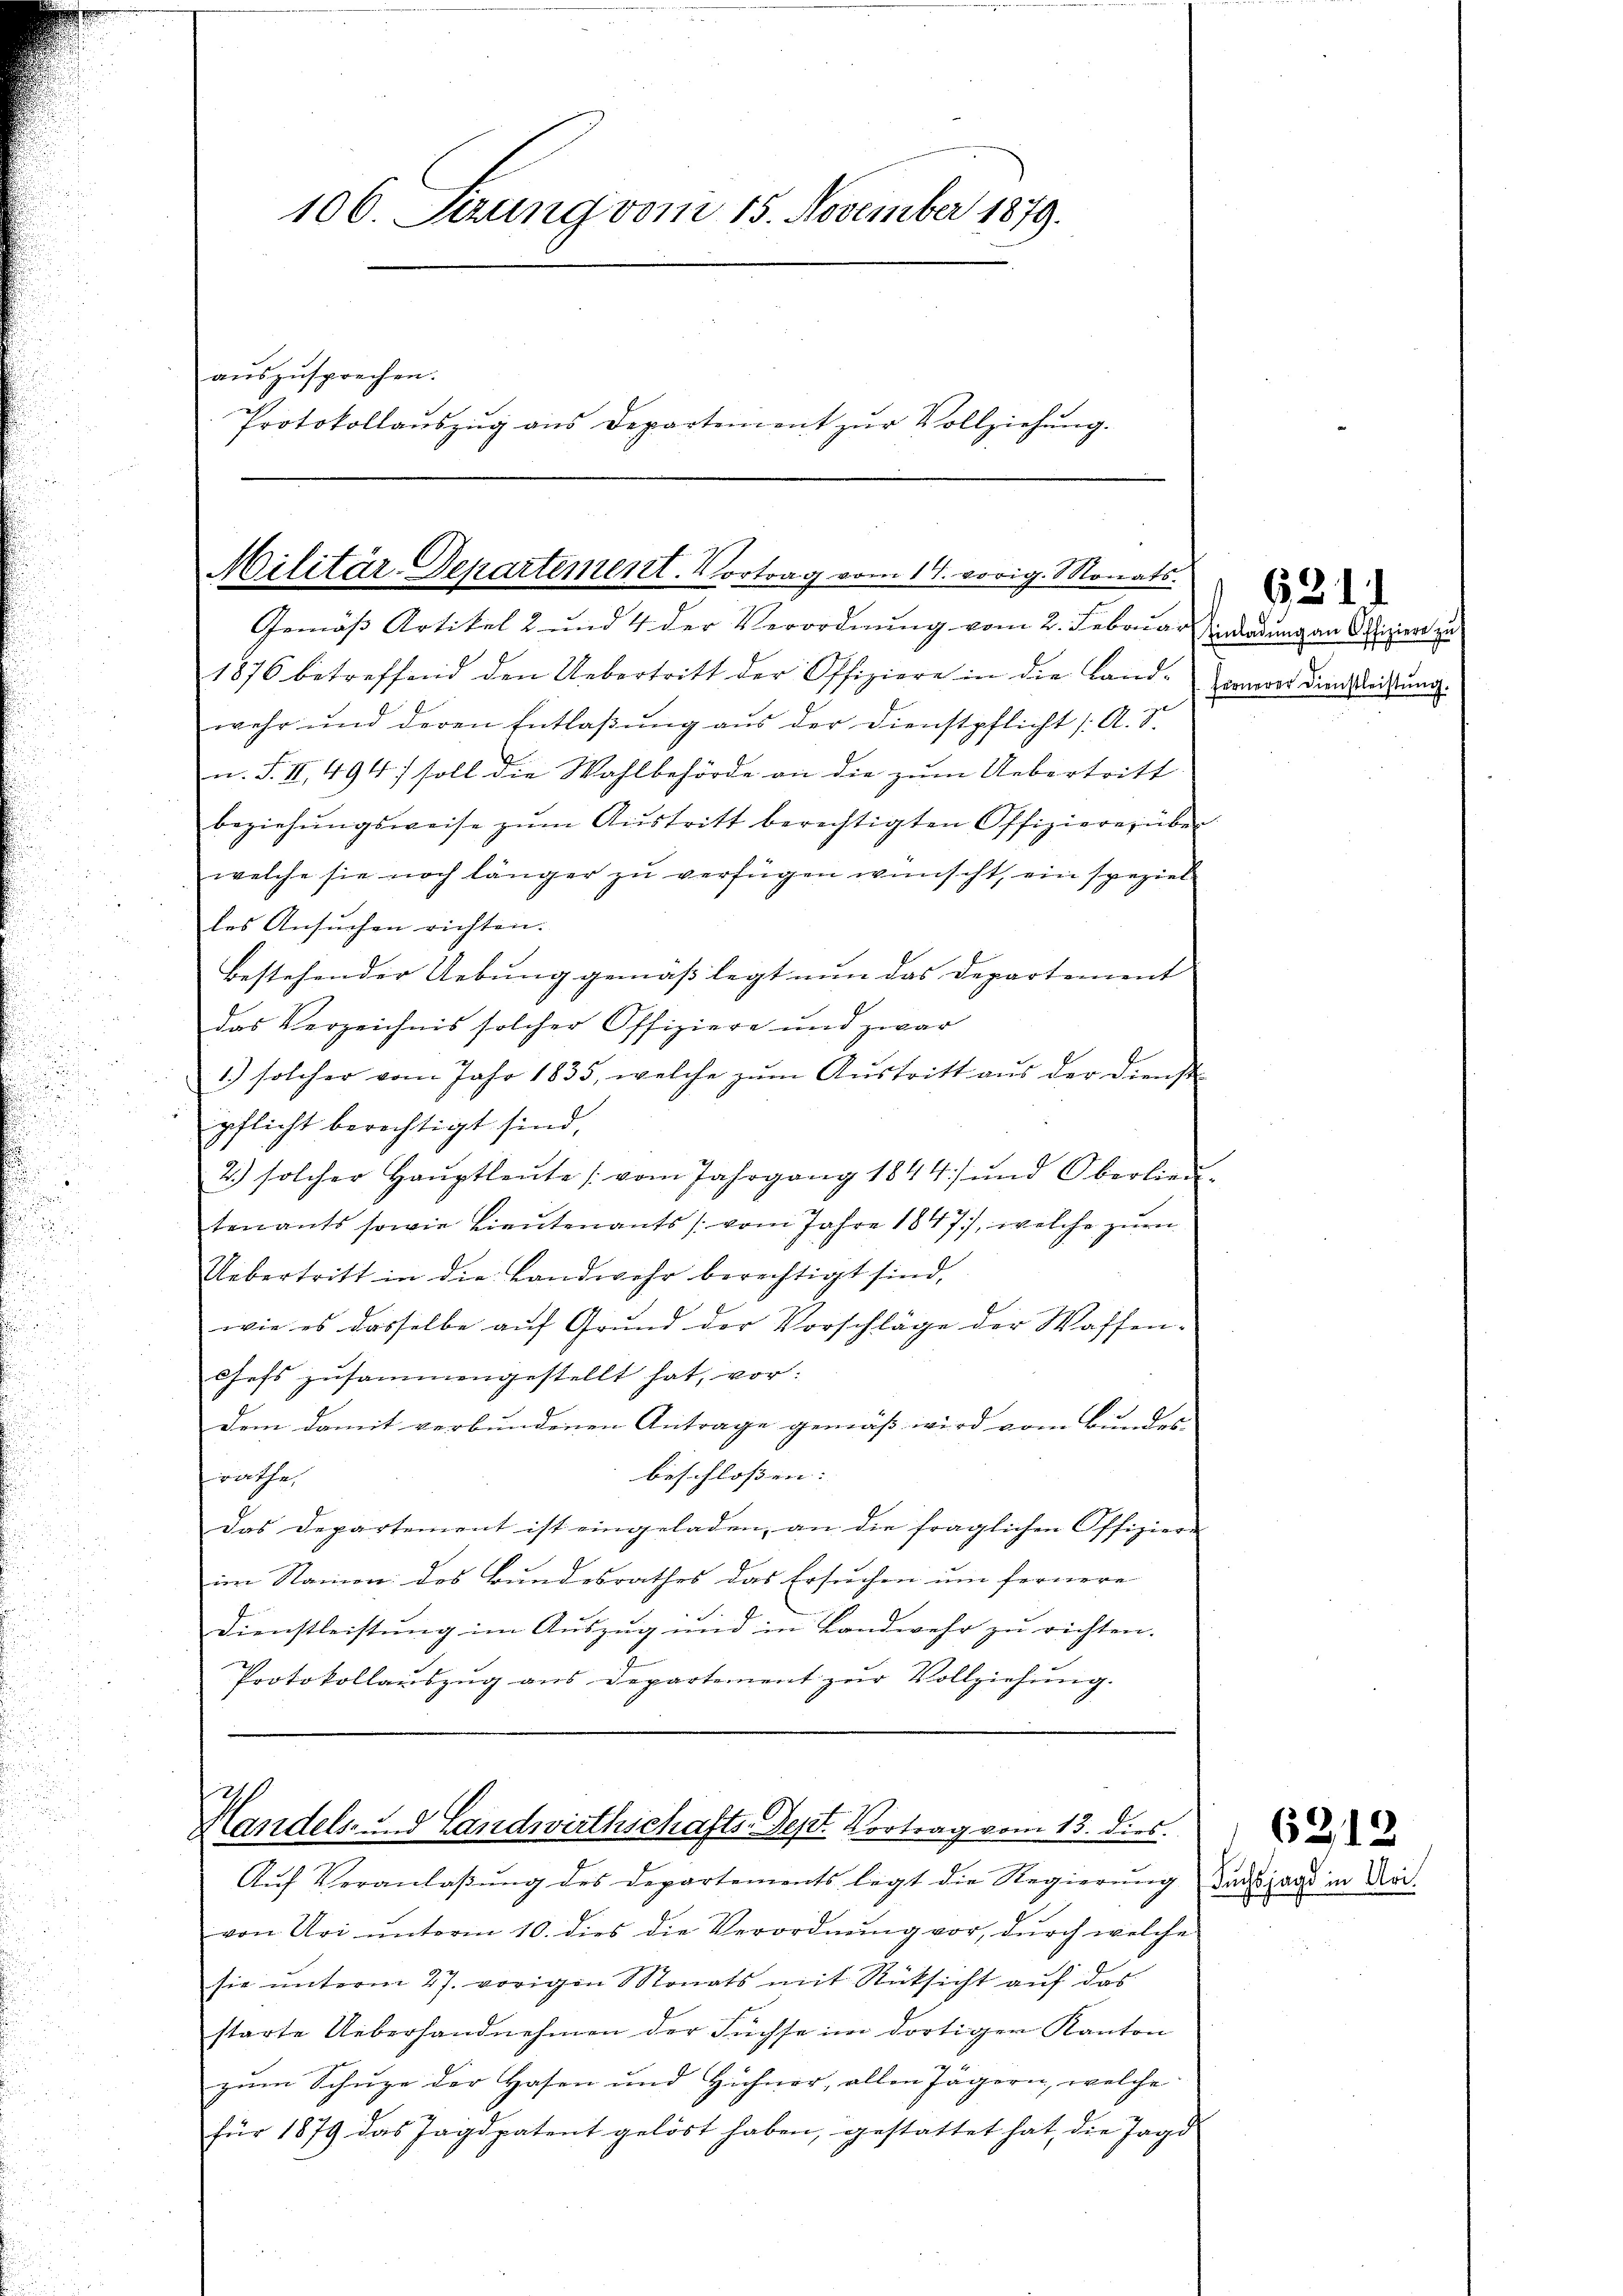
106. Sezung vom 15. November 1879.
auszusprechen.
Protokollaŭszŭg ans Departement zŭr Vollziehŭng.

Gemäß Artikel 2 und 4 der Verordnung vom 2. Februar dadung an Offizier zu
1876 betreffend den Uebertritt der Offiziere in die Land- Zornerer dien Leitung.
wehr und deren Entlaβŭng aus der Dienstpflicht (A. S.
n. F. II, 494) soll die Wahlbehörde an die zum Uebertritt
beziehŭngsweise zŭm Aŭstritt berechtigten Offiziere über
welche sie noch länger zŭ verfügen wünscht, ein speziel
les Ansuchen richten.
bestehender Uebung gemäss legt nun das Departement |
das Verzeichnis solcher Offiziere und zwar
1.) solcher vom Jahr 1835, welche zum Austritt aus der Dienste
pflicht berechtigt sind,
2.) solcher Haŭptleŭte (vom Jahrgang 1844 und Oberlieu.
tenants sowie Lieŭtenants / vom Jahre 1847), welche zur
Uebertritt in die Landwehr berechtigt sind,
wie es dasselbe auf Grund der Vorschläge der Waffen-
Chefs zusammengestellt hat, vor:
dem damit verbundenen Antrage gemäß wird vom Bundes
beschlossen: |
räthe,
Das Departement ist eingeladen, an die fraglichen Offizier-
im Namen: das Bundesrathes das Ersuchen um fernere
Dienstleistung im Auszug und in Landwehr zu richten.
Protokollauszug aus Departement zur Vollziehung.

Militär-Departement. Vortrag vom 17. vorig. Monats.

Handels- u. d Landwirthschafts-Sept. Vortrag vom 13. dies

Aŭf Veranlaβŭng des Departements legt die Regierŭng dadjans
von Uri ŭnterm 10. dies die Verordnŭng vor, durch welche
sie unterm 27. vorigen Monats mit Rücksicht auf das
starte Ueberhandnehmen der Füchse im dortiger Kanton
zum Schuze der Hasen und Hühner, allen Jägern, welche
für 1879 das Jagdpatent gelöst haben, gestattet hat, die Jagd

621. 1

6319

Moi